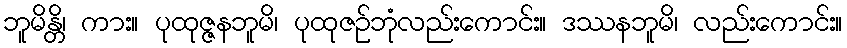
ဘူမိန္တိ၊ ကား။ ပုထုဇ္ဇနဘူမိ၊ ပုထုဇဉ်ဘုံလည်းကောင်း။ ဒဿနဘူမိ၊ လည်းကောင်း။